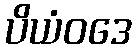
ပိယံဝဒေ